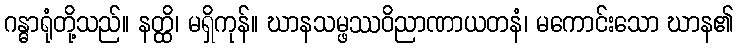
ဂန္ဓာရုံတို့သည်။ နတ္ထိ၊ မရှိကုန်။ ဃာနသမ္ဖဿဝိညာဏာယတနံ၊ မကောင်းသော ဃာန၏